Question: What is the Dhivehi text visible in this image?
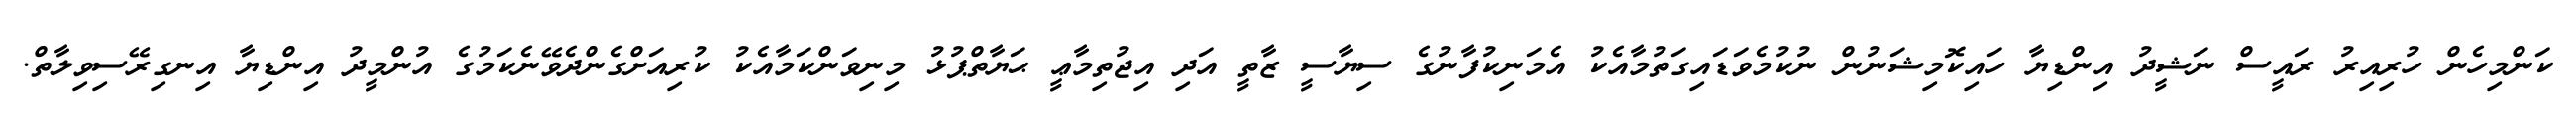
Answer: ކަންމިހެން ހުރިއިރު ރައީސް ނަޝީދު އިންޑިޔާ ހައިކޮމިޝަނުން ނުކުމެވަޑައިގަތުމާއެކު އެމަނިކުފާނުގެ ސިޔާސީ ޒާތީ އަދި އިޖުތިމާޢީ ޙަޔާތްޕުޅު މިނިވަންކަމާއެކު ކުރިއަށްގެންދެވޭނެކަމުގެ އުންމީދު އިންޑިޔާ އިނގިރޭސިވިލާތް.